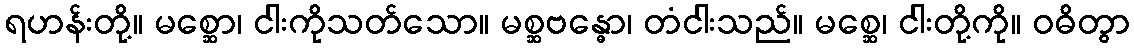
ရဟန်းတို့။ မစ္ဆော၊ ငါးကိုသတ်သော။ မစ္ဆဗန္ဓော၊ တံငါးသည်။ မစ္ဆေ၊ ငါးတို့ကို။ ဝဓိတွာ